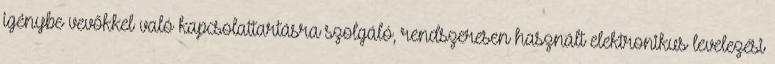
igénybe vevőkkel való kapcsolattartásra szolgáló, rendszeresen használt elektronikus levelezési